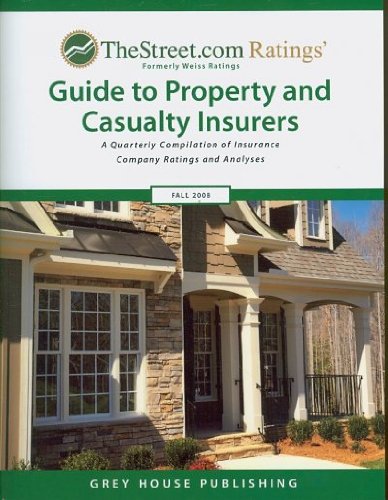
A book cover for TheStreet.com Ratings' Guide to Property & Casualty Insurers, Fall 2008: A Quarterly Compilation of Insurance of Insurance Company Ratings and ... Guide to Property & Casualty Insurers); Business & Money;